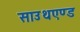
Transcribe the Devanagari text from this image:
साउथएण्ड